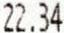
22.34